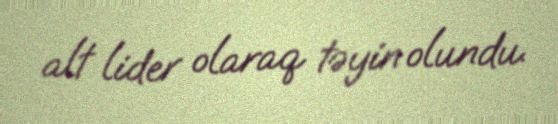
alt lider olaraq təyin olundu.